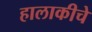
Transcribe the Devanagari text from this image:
हालाकीचे